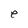
Character: e